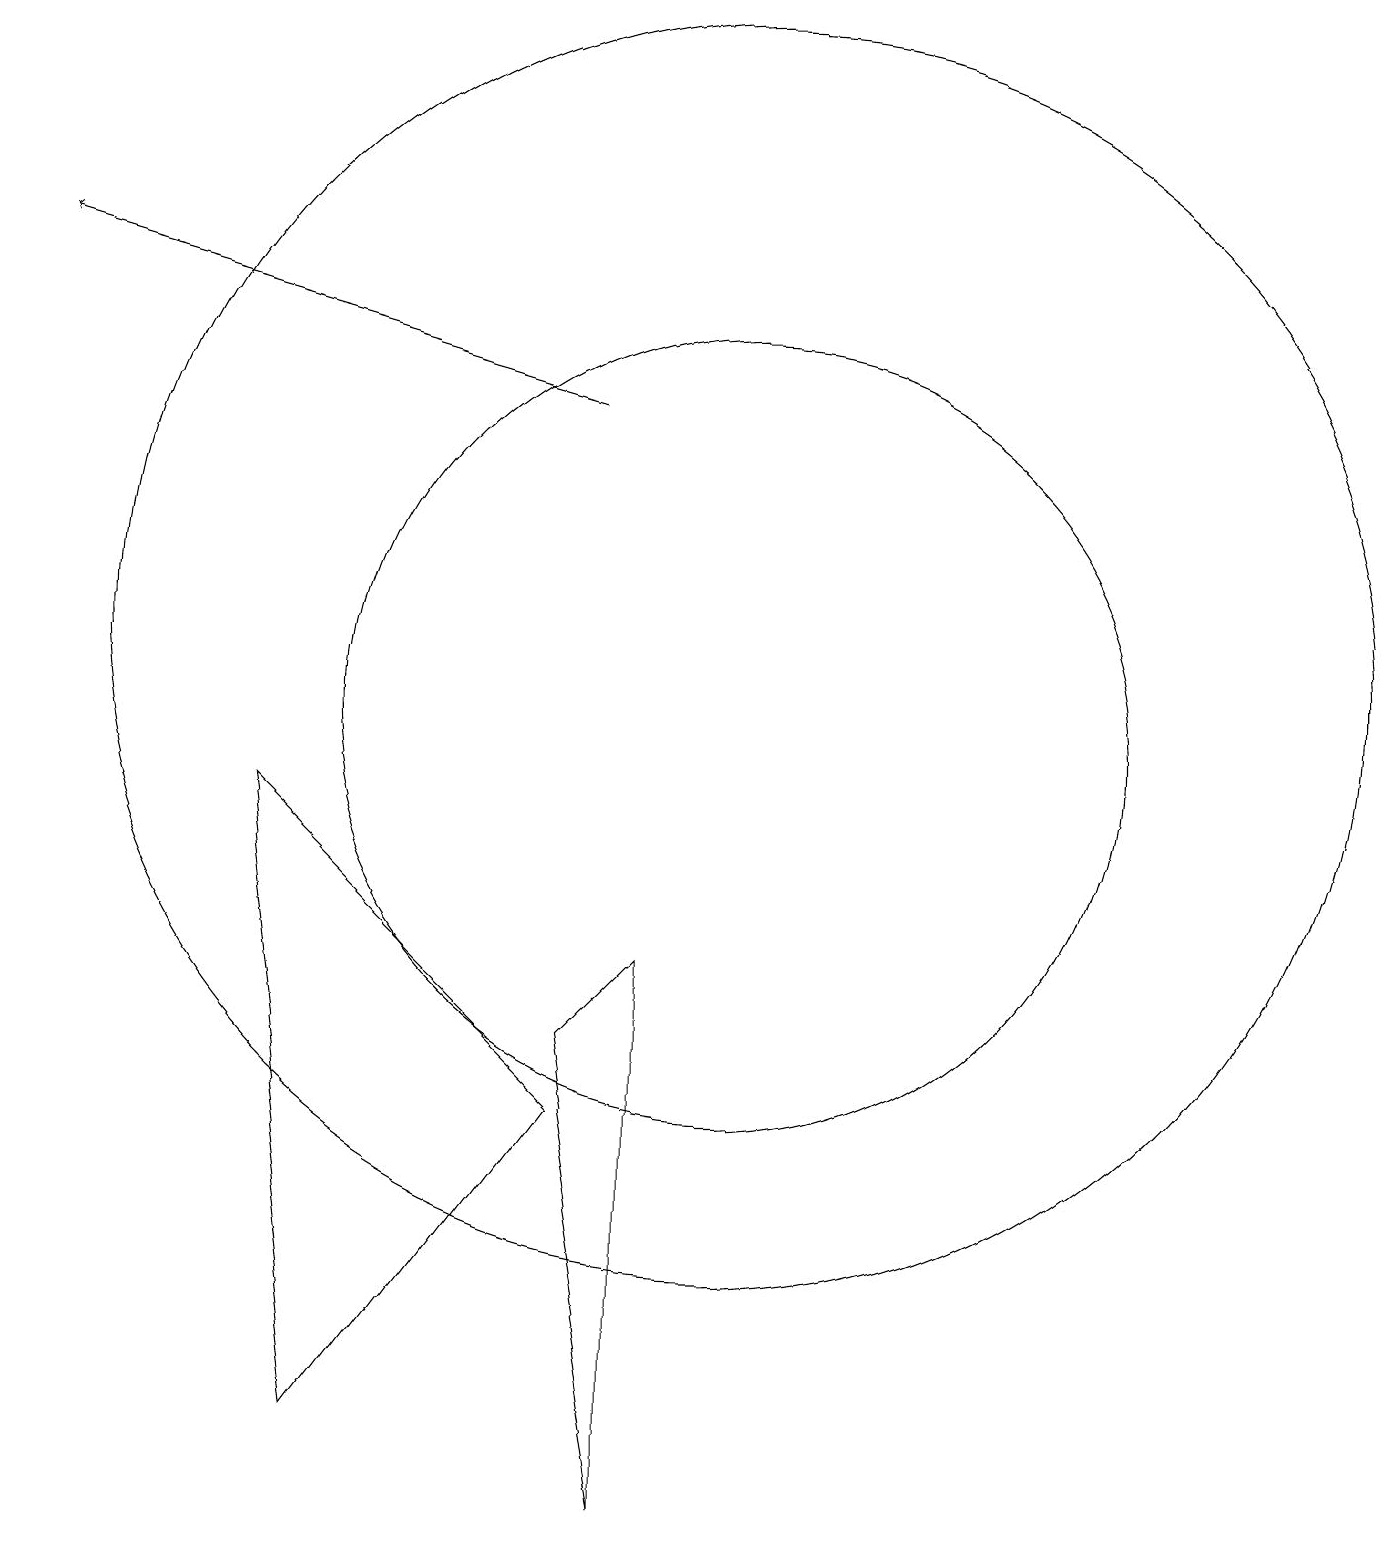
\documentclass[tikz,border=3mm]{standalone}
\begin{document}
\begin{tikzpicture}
\draw (10,11) circle (8);
\draw (8,5) -- (4,9) -- (5,1) -- cycle;
\draw (10,10) circle (5);
\draw (8,6) -- (9,0) -- (9,7) -- cycle;
\draw[->] (8,14) -- (1,16);
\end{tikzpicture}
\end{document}